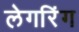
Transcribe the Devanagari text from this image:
लेगरिंग